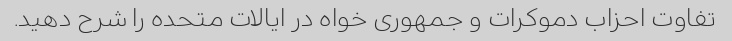
تفاوت احزاب دموکرات و جمهوری خواه در ایالات متحده را شرح دهید.